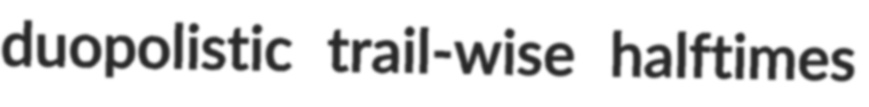
duopolistic trail-wise halftimes